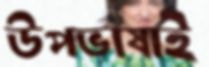
উপভাষাই